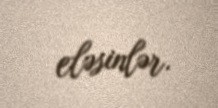
eləsinlər.